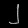
Digit: ၂